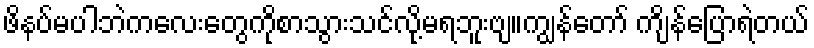
ဖိနပ်မပါဘဲကလေးတွေကိုစာသွားသင်လို့မရဘူးဗျ။ကျွန်တော် ကျိန်ပြောရဲတယ်